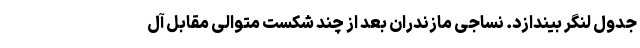
جدول لنگر بیندازد. نساجی مازندران بعد از چند شکست متوالی مقابل آل